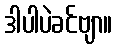
ဒါပါပဲခင်ဗျာ။